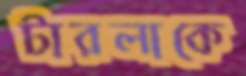
টারলাকে